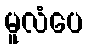
မူလံပေ